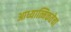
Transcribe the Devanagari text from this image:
आध्यात्मिकतेचा